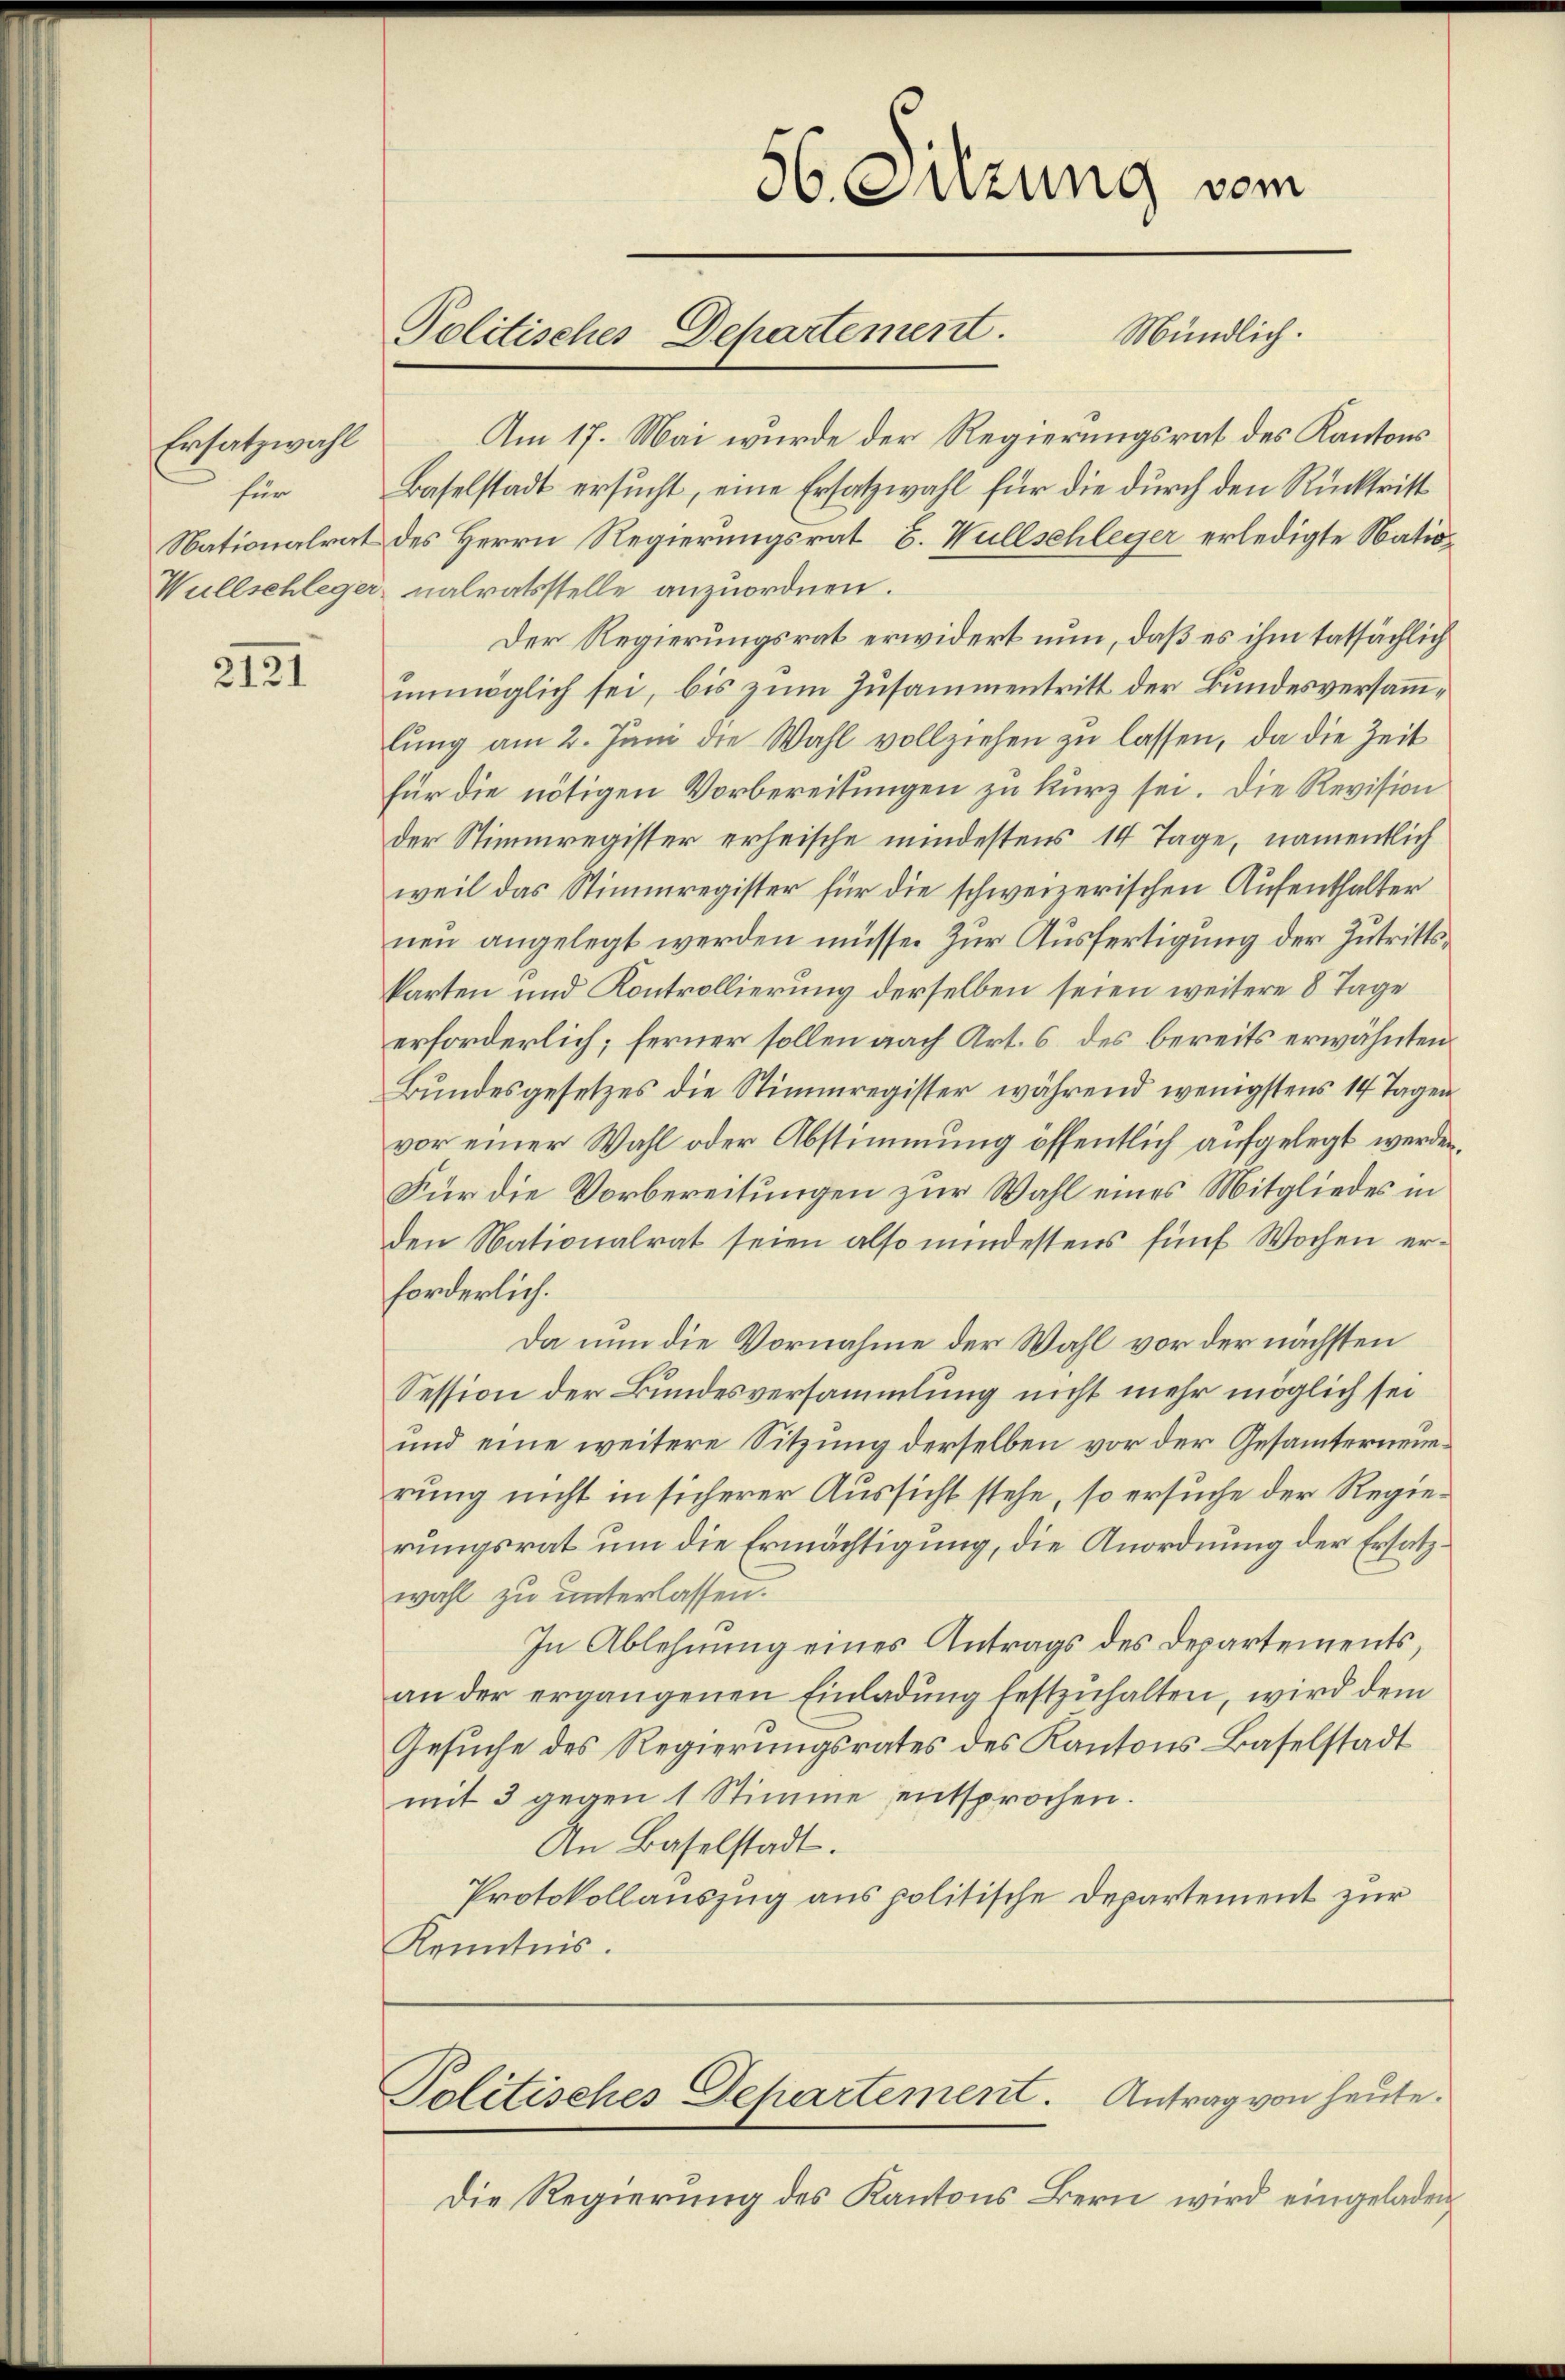
Ersatzwahl
für

2121

Mündlich.
Am 17. Mai wurde der Regierungsrat des Kantons
Baselstadt ersucht, eine Ersatzwahl für die durch den Rücktritt
Nationalrat des Herrn Regierungsrat E. Wullschleger erledigte Natio¬
Wullschleger, nalratsstelle anzuordnen.
Der Regierungsrat erwidert nun, daß es ihm tatsächlich
unmöglich sei, bis zum Zusammentritt der Bundesversammlŭng am 2. Juni die Wahl vollziehen zu lassen, da die Zeit
für die nötigen Vorbereitungen zu kurz sei. Die Revision
der Stimmregister erheische mindestens 14 Tage, namentlich
weil das Stimmregister für die schweizerischen Aufenthalter
neu angelegt werden müsse. Zur Ausfertigung der Zutrittskarten und Kontrollierung derselben seien weitere 8 Tage
erforderlich; ferner sollen nach Art. 6 des bereits erwähnten.
Bundesgesetzes die Stimmregister während wenigstens 14 Tagen
vor einer Wahl oder Abstimmung öffentlich aufgelegt werden,
Für die Vorbereitungen zur Wahl eines Mitgliedes in
den Nationalrat seien also mindestens fünf Wochen erforderlich.
Da nun die Vornahme der Wahl vor der nächsten
Session der Bundesversammlung nicht mehr möglich sei
und eine weitere Sitzung derselben vor der Gesamterneuerung nicht in sicherer Aussicht stehe, so ersuche der Regierungsrat um die Ermächtigung, die Anordnung der Ersatzwahl zu unterlassen.
In Ablehnung eines Antrags des Departements,
an der ergangenen Einladung festzuhalten, wird dem
Gesuche des Regierungsrates des Kantons Baselstadt
mit 3 gegen 1 Stimme entsprochen.
An Baselstadt.
Protokollauszug aus politische Departement zur
Kenntnis.

Politisches Departement.

36. Suzung vom

Die Regierung des Kantons Bern wird eingeladen

Politisches Departement. Antrag von heute.